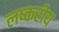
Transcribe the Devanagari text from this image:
लष्करीय